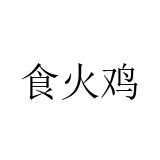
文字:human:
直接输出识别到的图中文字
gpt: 食火鸡